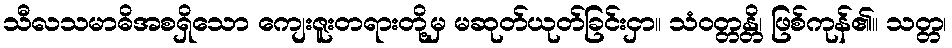
သီလသမာဓိအစရှိသော ကျေးဇူးတရားတို့မှ မဆုတ်ယုတ်ခြင်းငှာ။ သံဝတ္တန္တိ၊ ဖြစ်ကုန်၏။ သတ္တ၊